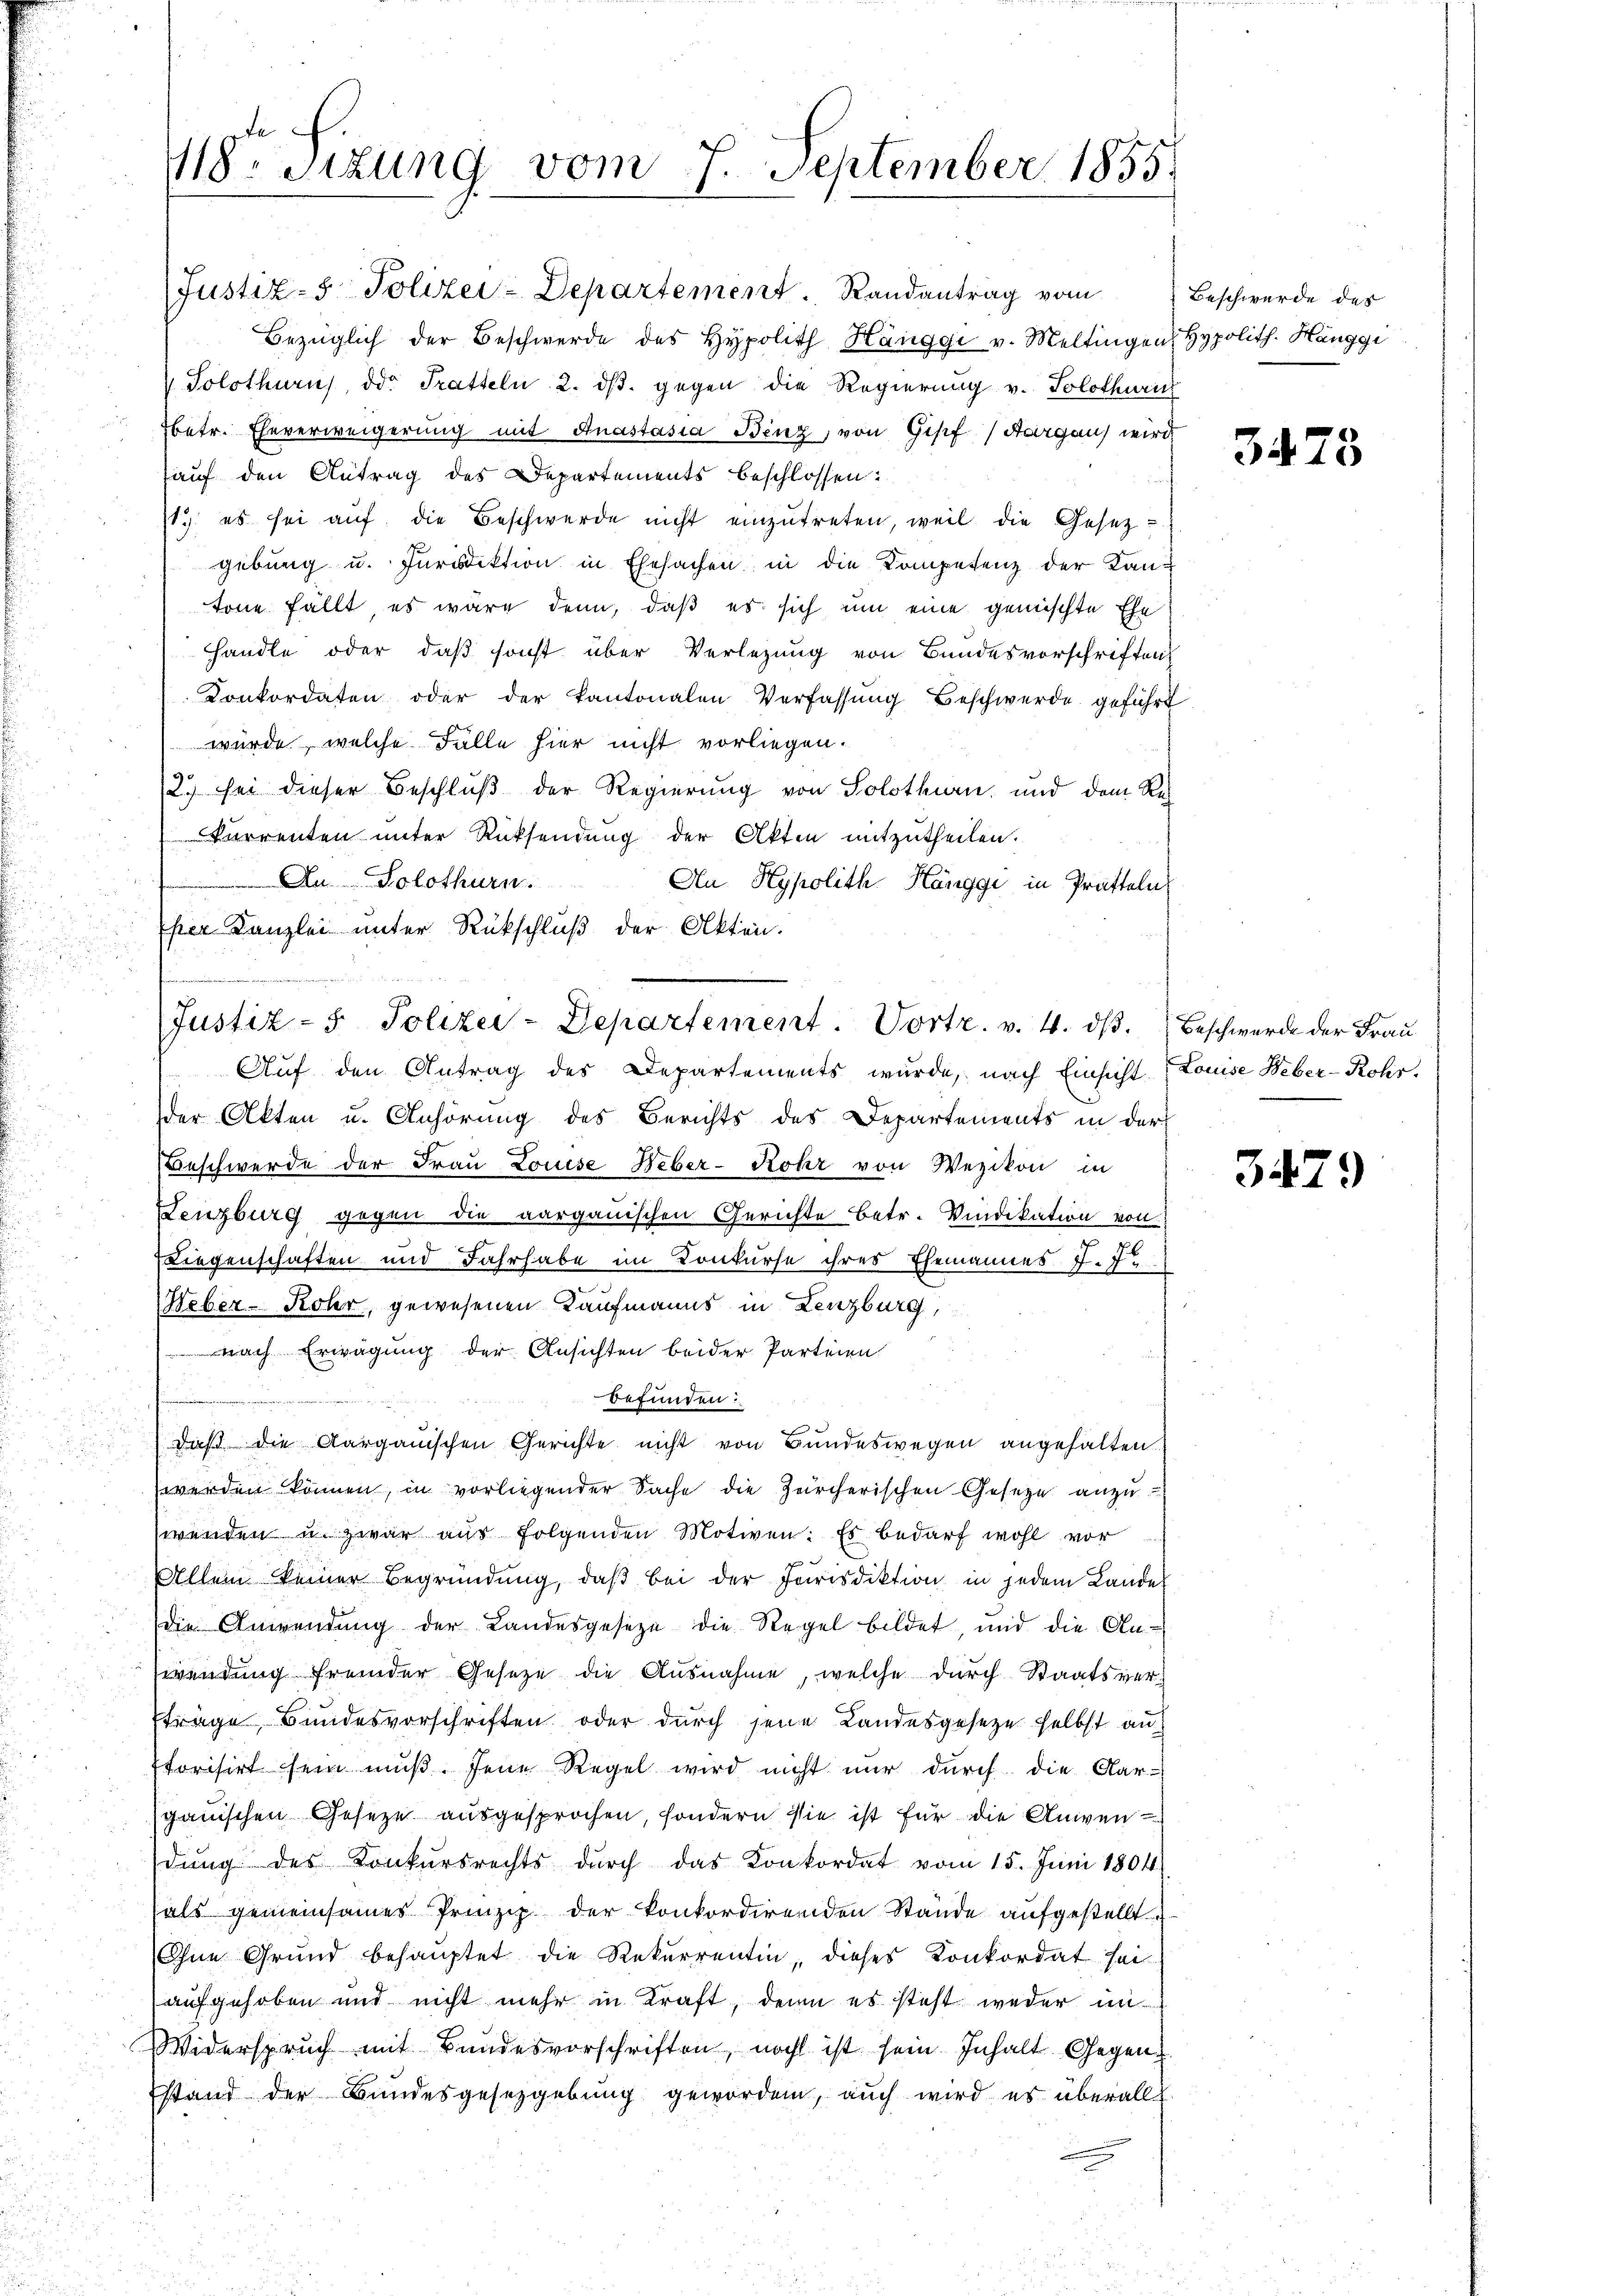
Justiz- 5. Polizei-Departement. Randantrag vom
Bezüglich der Beschwerde des Hypolith Hänggi v. Meltingen Hypolith. Hänggi
Solothurn, der Tratteln 2. dβ. gegen die Regierung v. Solothuric
betr. Eheverweigerung mit Anastasia Benz, von Gisef (Aargaus wird
auf den Antrag des Departements beschlossen:
1. es sei auf die Beschwerde nicht einzutreten, weil die Gesetzgebung u. Jurisdiktion in Ehesachen in die Kompetenz der Kantone fällt es wäre denn, daß es sich um eine gemischte Ehehandle oder, daß sonst über Verlegung von Bundesvorschriften
Konkordaten oder der Kantonalen Verfassung Beschwerde geführ
 würde, welche Fälle hier nicht vorliegen.
12.) sei dieser Beschluß der Regierung von Solothurn, und dem Re
Currenten unter Rücksendung der Akten mitzutheilen.
An Solothurn.
An Hypolith Hönggi in Präfteln
Ehen Kanzlei unter Rückschluß der Akten.
Auf den Antrag des Departements wurde, nach Einsicht (Louise Weber-Rohr.
der Akten u. Anhörung des Berichts des Departements in der
Beschwerde der Frau Louise Heber-Rohr von Wezikon in
Lenzburg gegen die aargauischen Gerichte betr. Vindikation von
Liegenschaften und Fahrhabe im Konkurse ihres Ehemannes J. J
Weber- Kober, gewesenen Kaufmanns in Lenzburg,
nach Erwägung der Ansichten beider Parteien
befunden.
.
d
daß die Aargauischen Gerichte nicht von Bundeswegen angehalten.
werden können, in vorliegender Sache die Zürcherischen Gesetze anzuwenden u. zwar aus folgenden Motiven. Es bedarf wohl vor
Allem keiner Begründung, daβ bei der Feirisdiktion in jedem Landel
die Anwendŭng der Landesgesetze die Regel bildet und die An-
wendung fremder Gesetze die Ausnahme, welche durch Staatsverträge Bundesvorschriften oder durch jene Landesgesetze selbst an
torisirt sein muß. Jene Regel wird nicht nur durch die Aar-
gauischen Gesetze ausgesprochen, sondern sie ist für die Anwendŭng des Konkŭrsrechts dŭrch das Konkordat vom 15. Juni 1804
hals gemeinsames Prinzip der konkordirenden Stände aufgestellt
Ohne Grund behauptet die Rekurrentin, dieses Konkordat sei
aufgehoben und nicht mehr in Kraft, denn es steht weder in
Widerspruch mit Bundesvorschriften, noch ist sein Inhalt Gegenstand der Bundesgesetzgebung geworden, auch wird es überall

18. Sitzung vom 7. September 1855.

Justiz- & Polizei-Departement. Vortr. v. 4. dβ. Beschwerde der Frau

Beschwerde des

3473

3429